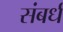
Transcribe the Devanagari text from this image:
संबर्ध